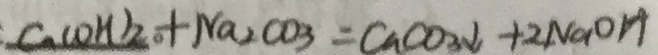
C u ( O H ) _ { 2 } + N a _ { 2 } C O _ { 3 } = C a C O _ { 3 } \downarrow + 2 N a O H